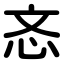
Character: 忞